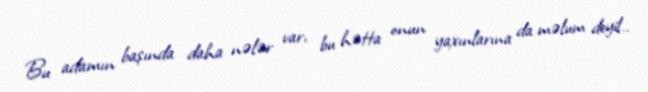
Bu adamın başında daha nələr var, bu hətta onun yaxınlarına da məlum deyil..